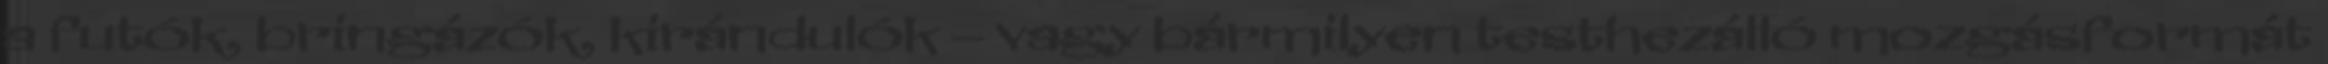
a futók, bringázók, kirándulók – vagy bármilyen testhezálló mozgásformát